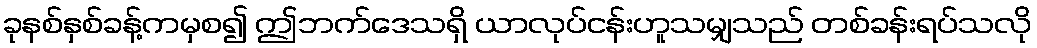
ခုနစ်နှစ်ခန့်ကမှစ၍ ဤဘက်ဒေသရှိ ယာလုပ်ငန်းဟူသမျှသည် တစ်ခန်းရပ်သလို